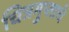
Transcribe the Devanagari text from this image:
चित्रगुप्ताचे